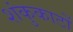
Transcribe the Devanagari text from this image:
शंकुकाटों